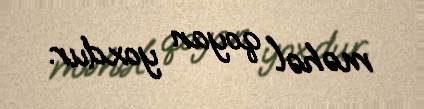
məhəl qoyan yoxdur.